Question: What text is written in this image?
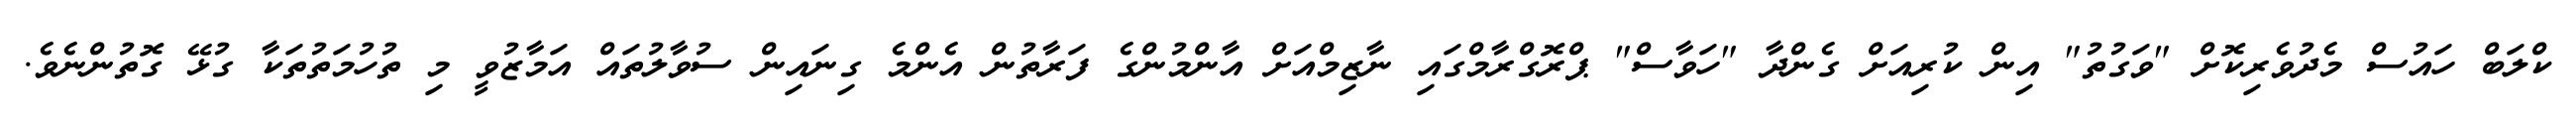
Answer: ކްލަބް ހައުސް މެދުވެރިކޮށް "ވަގުތު" އިން ކުރިއަށް ގެންދާ "ހަވާސް" ޕްރޮގްރާމްގައި ނާޒިމްއަށް އާންމުންގެ ފަރާތުން އެންމެ ގިނައިން ސުވާލުތައް އަމާޒުވީ މި ތުހުމަތުތަކާ ގުޅޭ ގޮތުންނެވެ.